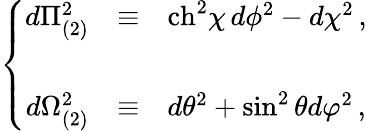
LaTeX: \left\{ \begin{array}{rcl}{{d\Pi_{(2)}^{2}}}&{{\equiv}}&{{\mathrm{ch}^{2}\chi\, d\phi^{2}-d\chi^{2}\, ,}}\\ {{}}&{{}}&{{}}\\ {{d\Omega_{(2)}^{2}}}&{{\equiv}}&{{d\theta^{2}+\sin^{2}{\theta}d\varphi^{2}\, ,}}\end{array}\right.